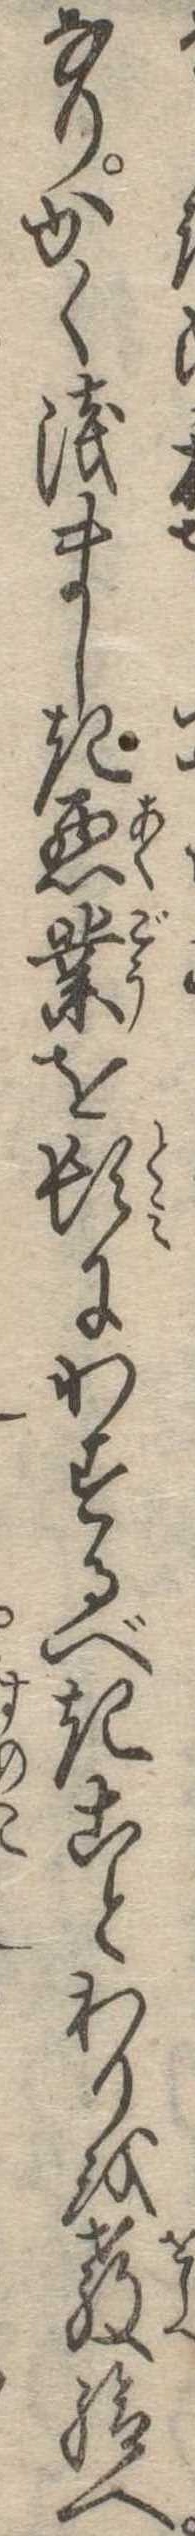
なりかく浅ましき悪業を頓にわするべきことわりを教給へ